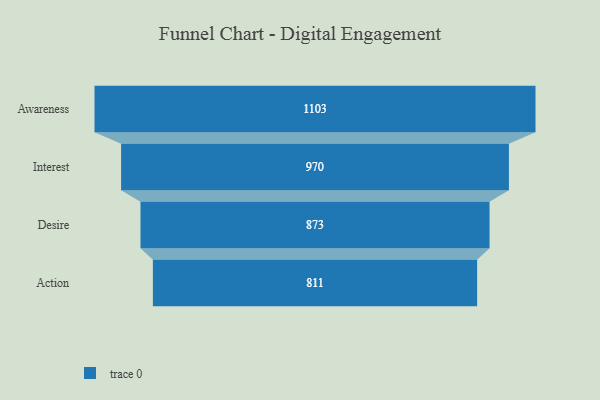
{"axis": {"x": "Stage", "y": "Value"}, "legend": [""], "data": [{"x": "Awareness", "y": 1103.0, "type": ""}, {"x": "Interest", "y": 970.0, "type": ""}, {"x": "Desire", "y": 873.0, "type": ""}, {"x": "Action", "y": 811.0, "type": ""}]}